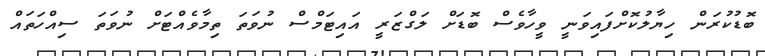
ބޮޑުކުރަން ހިޔާލުކޮށްފައިވަނީ ވީހާވެސް ބޮޑަށް ލަގްޒަރީ އައިޓަމްސް ނުވަތަ ތިމާވެއްޓަށް ނުވަތަ ސިއްހަތައް